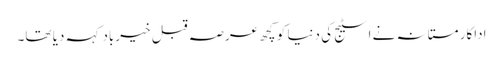
اداکار مستانہ نے اسٹیج کی دنیا کو کچھ عرصہ قبل خیرباد کہہ دیا تھا۔